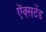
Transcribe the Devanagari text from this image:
ऍक्सटेंड